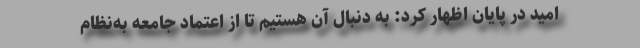
امید در پایان اظهار کرد: به دنبال آن هستیم تا از اعتماد جامعه به‌نظام